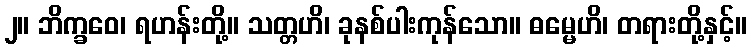
၂။ ဘိက္ခဝေ၊ ရဟန်းတို့။ သတ္တဟိ၊ ခုနစ်ပါးကုန်သော။ ဓမ္မေဟိ၊ တရားတို့နှင့်။